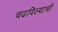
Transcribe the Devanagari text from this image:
चढविल्याची